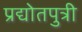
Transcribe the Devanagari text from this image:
प्रद्योतपुत्री